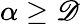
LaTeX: \alpha\geq\mathscr{D}